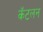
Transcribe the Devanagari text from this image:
कॅटलन